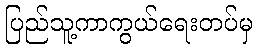
ပြည်သူ့ကာကွယ်ရေးတပ်မှ